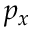
p _ { x }